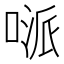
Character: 𠸁